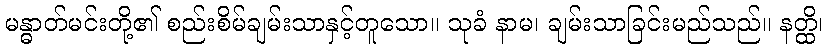
မန္ဓာတ်မင်းတို့၏ စည်းစိမ်ချမ်းသာနှင့်တူသော။ သုခံ နာမ၊ ချမ်းသာခြင်းမည်သည်။ နတ္ထိ၊